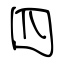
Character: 四